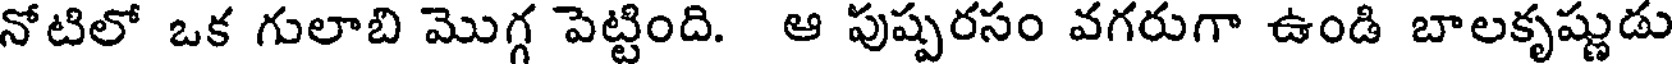
నోటిలో ఒక గులాబి మొగ్గ పెట్టింది. ఆ పుష్పరసం వగరుగా ఉండి బాలకృష్ణుడు